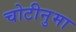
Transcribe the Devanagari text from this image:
चोटीनुमा